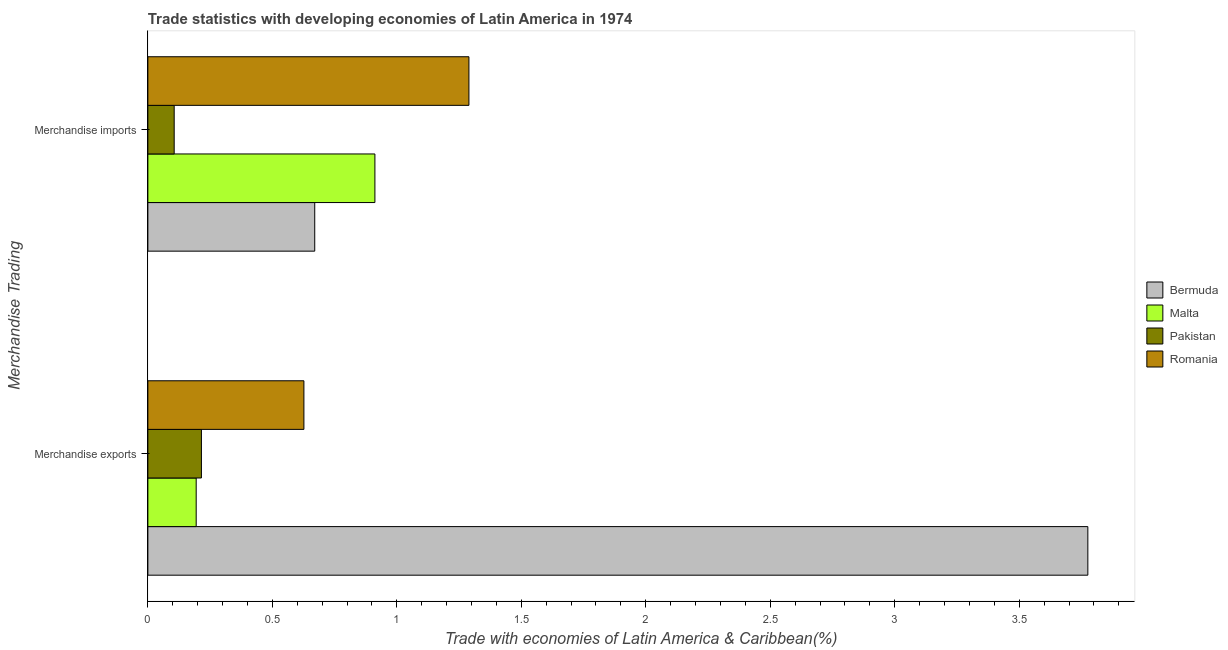
| Merchandise Trading | Bermuda | Malta | Pakistan | Romania |
 | --- | --- | --- | --- | --- |
 | Merchandise exports | 3.78 | 0.194 | 0.215 | 0.627 |
 | Merchandise imports | 0.67 | 0.912 | 0.106 | 1.29 |